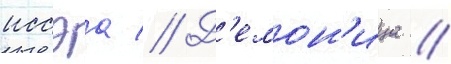
иссэа // Д'емон'ица /